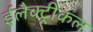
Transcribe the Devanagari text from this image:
ईलेक्ट्रीकल